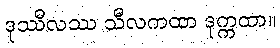
ဒုဿီလဿ သီလကထာ ဒုက္ကထာ။